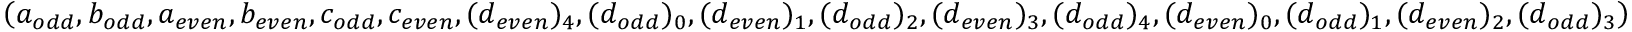
\left( a _ { o d d } , b _ { o d d } , a _ { e v e n } , b _ { e v e n } , c _ { o d d } , c _ { e v e n } , ( d _ { e v e n } ) _ { 4 } , ( d _ { o d d } ) _ { 0 } , ( d _ { e v e n } ) _ { 1 } , ( d _ { o d d } ) _ { 2 } , ( d _ { e v e n } ) _ { 3 } , ( d _ { o d d } ) _ { 4 } , ( d _ { e v e n } ) _ { 0 } , ( d _ { o d d } ) _ { 1 } , ( d _ { e v e n } ) _ { 2 } , ( d _ { o d d } ) _ { 3 } \right)